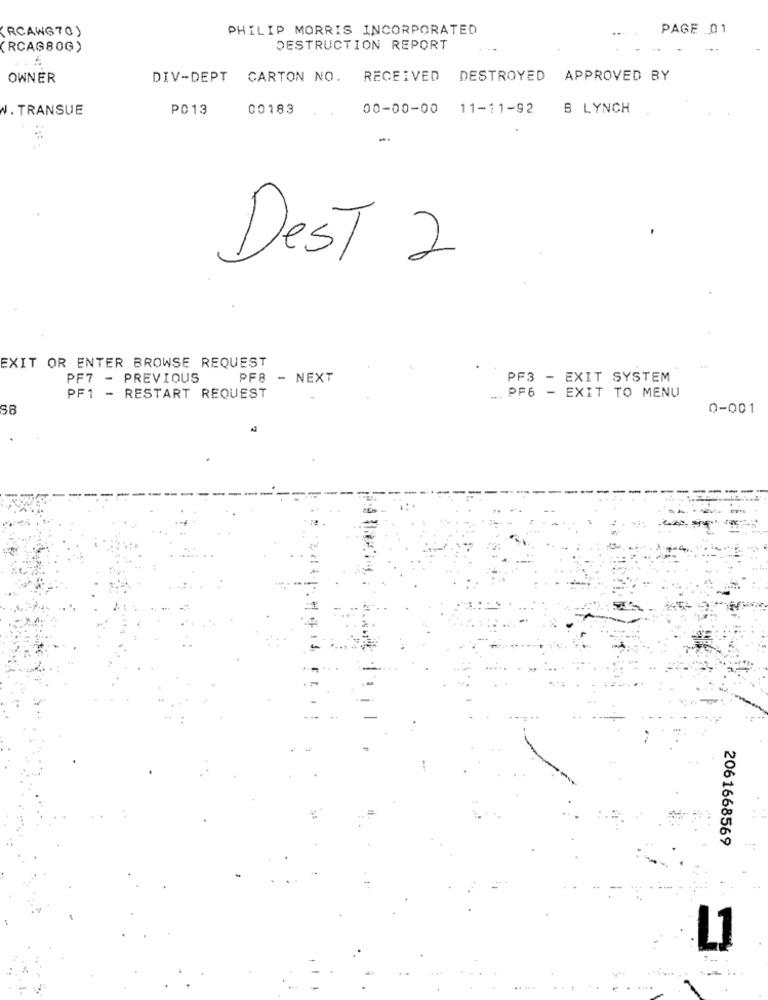
(RCAWG70)
PHILIP MORRIS INCORPORATED
PAGE 01
(RCAG80G)
DESTRUCTION REPORT
OWNER
DIV-DEPT CARTON NO. RECEIVED DESTROYED APPROVED BY
N. TRANSUE
PC13
00183
00-00-00 11-11-92 B LYNCH
DesT 2
EXIT OR ENTER BROWSE REQUEST
PF7 - PREVIOUS
PF8 - NEXT
PF3 - EXIT SYSTEM
.... PF6 - EXIT TO MENU
PF1 - RESTART REQUEST
0-001
2061668569
L1